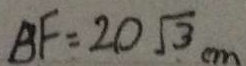
B F = 2 0 \sqrt { 3 } c m